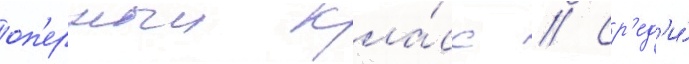
оп'ерныи кла́сс // Ср'ед'и́